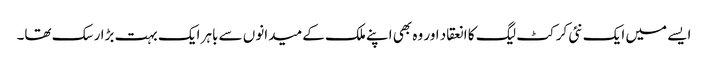
ایسے میں ایک نئی کرکٹ لیگ کا انعقاد اور وہ بھی اپنے ملک کے میدانوں سے باہر ایک بہت بڑا رسک تھا۔